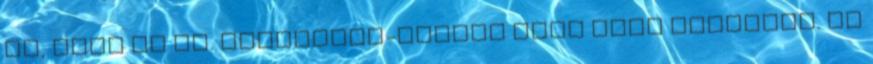
is, mely az ún. jövedelem-típusú adók közé tartozik. Az